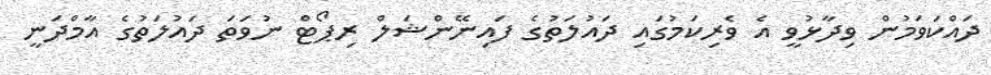
ދައްކަވަމުން ވިދާޅުވީ އެ ވެރިކަމުގައި ދައުލަތުގެ ފައިނޭންޝަލް ރިޕޯޓް ނުވަތަ ދައުލަތުގެ އާމްދަނީ